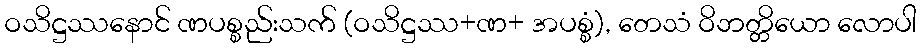
ဝသိဋ္ဌဿနောင် ဏပစ္စည်းသက် (ဝသိဋ္ဌဿ+ဏ+ အပစ္စံ), တေသံ ဝိဘတ္တိယော လောပါ